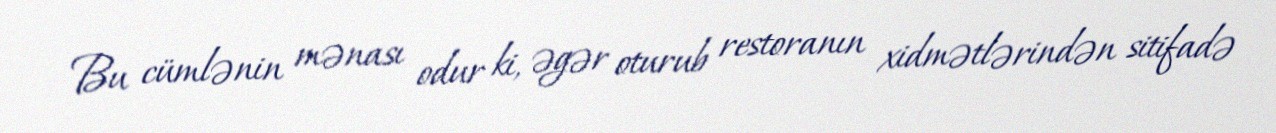
Bu cümlənin mənası odur ki, əgər oturub restoranın xidmətlərindən sitifadə